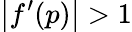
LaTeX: \left|f^{\prime}(p)\right|>1